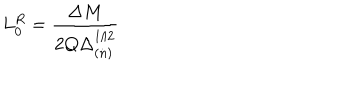
LaTeX: L _ { 0 } ^ { R } = \frac { \Delta M } { 2 Q \Delta _ { ( n ) } ^ { 1 / 2 } }